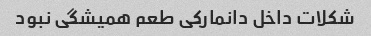
شکلات داخل دانمارکی طعم همیشگی نبود